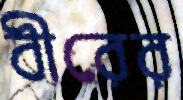
বীরের